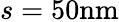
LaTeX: s=50\textrm{nm}